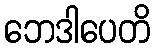
ဘေဒါပေတိ